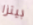
بيتزا